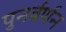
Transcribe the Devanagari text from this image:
पुनर्वर्णन